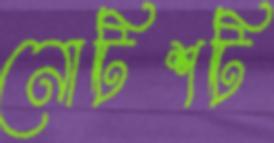
নোটিশটি